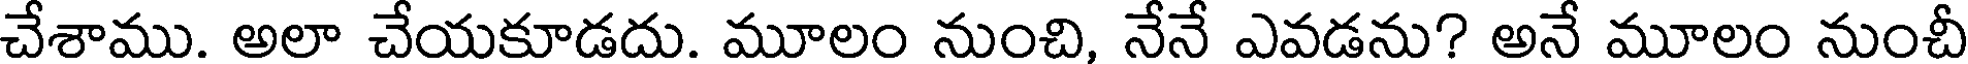
చేశాము. అలా చేయకూడదు. మూలం నుంచి, నేనే ఎవడను? అనే మూలం నుంచీ